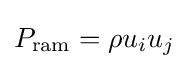
P_{\text{ram}}=\rho u_{i}u_{j}